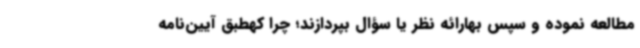
مطالعه نموده و سپس بهارائه نظر یا سؤال بپردازند؛ چرا کهطبق آیین‌نامه